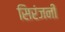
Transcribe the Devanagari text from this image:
सिरंजनी